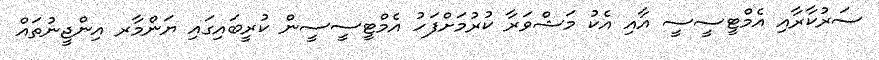
ސަރުކާރާއި އެމްޓީސީސީ އާއި އެކު މަޝްވަރާ ކުރުމަށްފަހު އެމްޓީސީސީން ކުރީބައިގައި ޔަންމާރ އިންޖީނުތައް